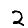
Digit: 2